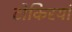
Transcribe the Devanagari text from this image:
टोकिरयां